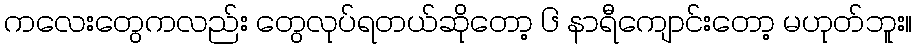
ကလေးတွေကလည်း တွေလုပ်ရတယ်ဆိုတော့ ၆ နာရီကျောင်းတော့ မဟုတ်ဘူး။